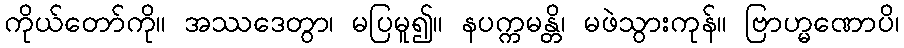
ကိုယ်တော်ကို။ အဿဒေတွာ၊ မပြမူ၍။ နပက္ကမန္တိ၊ မဖဲသွားကုန်။ ဗြာဟ္မဏောပိ၊